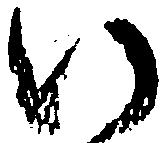
い